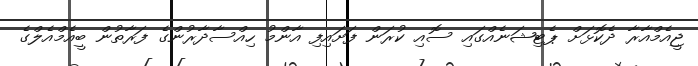
ޖީއެމްއާރާ ދެކޮޅަށް ޕެޓިޝަނެއްގައި ސޮއި ކުރަން ފަށައިފި އާންމު ހިއްސާދާރުންގެ ފަރާތުން ބީއެމްއެލްގެ